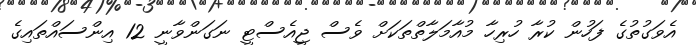
އެވަގުތުގެ ފަހުން ކުރާ ހުރިހާ މުއާމަލާތްތަކަށް ވެސް ޖީއެސްޓީ ނަގަންވާނީ 12 އިންސައްތައިގެ